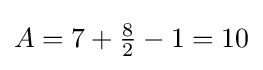
A=7+{\tfrac {8}{2}}-1=10